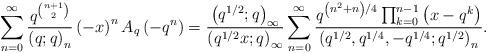
LaTeX: \begin{align*}\sum_{n=0}^{\infty}\frac{q^{\binom{n+1}{2}}}{\left(q;q\right)_{n}}\left(-x\right)^{n}A_{q}\left(-q^{n}\right)=\frac{\left(q^{1/2};q\right)_{\infty}}{\left(q^{1/2}x;q\right)_{\infty}}\sum_{n=0}^{\infty}\frac{q^{\left(n^{2}+n\right)/4}\prod_{k=0}^{n-1}\left(x-q^{k}\right)}{\left(q^{1/2},q^{1/4},-q^{1/4};q^{1/2}\right)_{n}}.\end{align*}